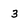
Character: 3